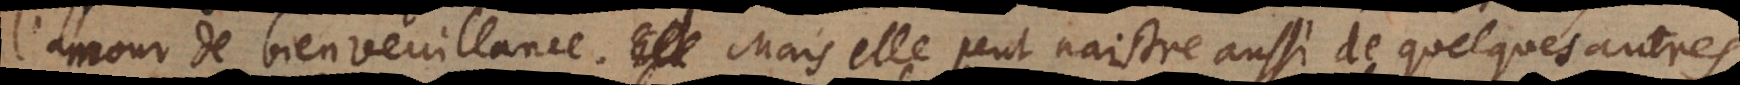
l’amour de bienveuillance. Mais elle peut naistre aussi de quelques autres